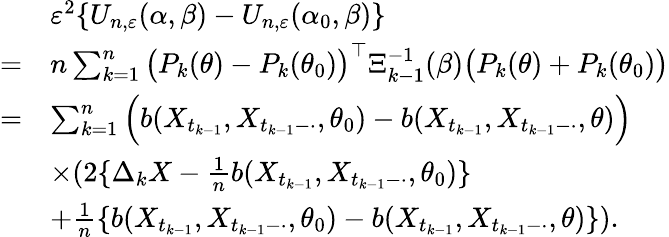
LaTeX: \begin{array}{rl}&{\varepsilon^{2}\{ U_{n,\varepsilon}(\alpha,\beta)-U_{n,\varepsilon}(\alpha_{0},\beta)\} }\\ {=}&{n\sum_{k=1}^{n}\big(P_{k}(\theta)-P_{k}(\theta_{0})\big)^{\top}\Xi_{k-1}^{-1}(\beta)\big(P_{k}(\theta)+P_{k}(\theta_{0})\big)}\\ {=}&{\sum_{k=1}^{n}\Big(b(X_{t_{k-1}},X_{t_{k-1}-\cdot},\theta_{0})-b(X_{t_{k-1}},X_{t_{k-1}-\cdot},\theta)\Big)}\\ &{\times(2\{ \Delta_{k}X-\frac{1}{n}b(X_{t_{k-1}},X_{t_{k-1}-\cdot},\theta_{0})\} }\\ &{+\frac{1}{n}\{ b(X_{t_{k-1}},X_{t_{k-1}-\cdot},\theta_{0})-b(X_{t_{k-1}},X_{t_{k-1}-\cdot},\theta)\} ).}\end{array}